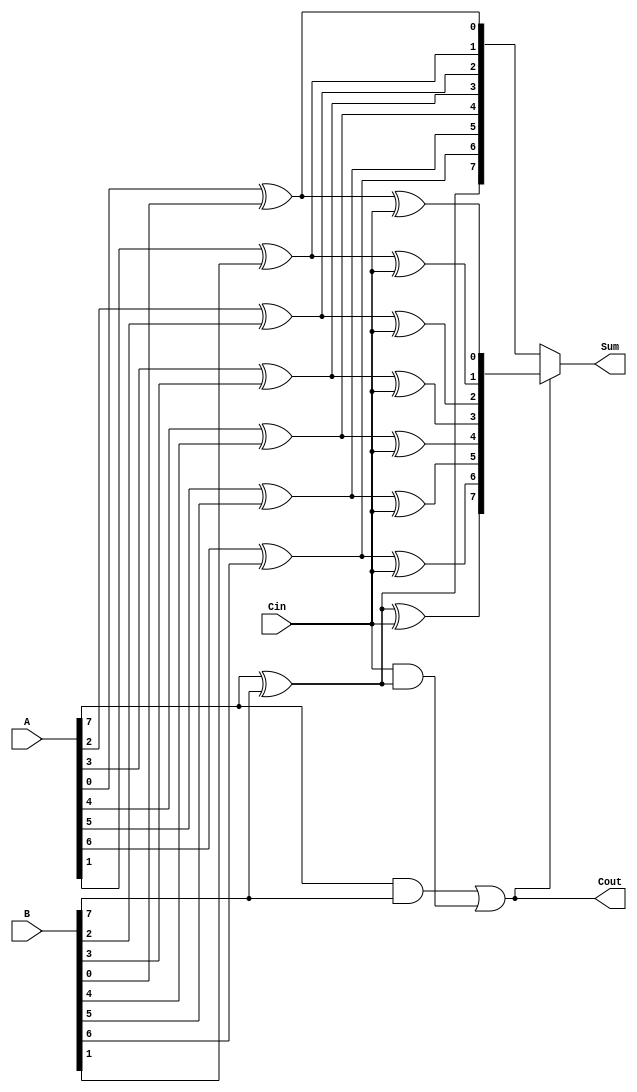
module conditional_sum_adder #(parameter N = 8) (
    input  wire [N-1:0] A,        // First n-bit input
    input  wire [N-1:0] B,        // Second n-bit input
    input  wire         Cin,       // Carry input
    output wire [N-1:0] Sum,       // n-bit sum output
    output wire         Cout        // Carry output
);
    wire [N-1:0] S1; // Sum with carry
    wire [N-1:0] S0; // Sum without carry
    wire [N-1:0] C;  // Carry-out for each bit position

    // Generate sums and carries
    genvar i;
    generate 
        for (i = 0; i < N; i = i + 1) begin : CSA_bit
            // Carry generation
            assign S0[i] = A[i] ^ B[i]; // Sum without carry
            assign S1[i] = S0[i] ^ Cin;  // Sum with carry (S0 + Cin)
            assign C[i]  = (A[i] & B[i]) | (Cin & S0[i]); // Carry out
            
            // Debug prints if required
            // $display("A[%0d]=%b, B[%0d]=%b, Cin=%b, S0[%0d]=%b, S1[%0d]=%b, C[%0d]=%b", 
            //          i, A[i], i, B[i], Cin, i, S0[i], i, S1[i], i, C[i]);
        end
    endgenerate

    // Final sum calculation
    assign Sum = (C[N-1] ? S1 : S0); // Using the last carry-out to select the final sum
    assign Cout = C[N-1]; // Final carry-out

endmodule